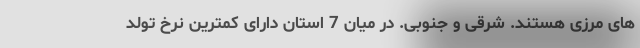
های مرزی هستند. شرقی و جنوبی. در میان 7 استان دارای کمترین نرخ تولد